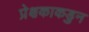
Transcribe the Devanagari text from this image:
प्रेक्षकाकडुन